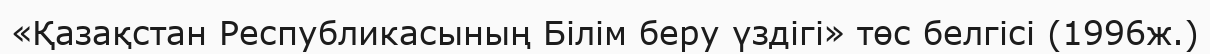
«Қазақстан Республикасының Білім беру үздігі» төс белгісі (1996ж.)